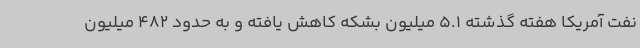
نفت آمریکا هفته گذشته 5.1 میلیون بشکه کاهش یافته و به حدود 482 میلیون